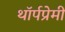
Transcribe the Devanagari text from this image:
थॉर्पप्रेमी